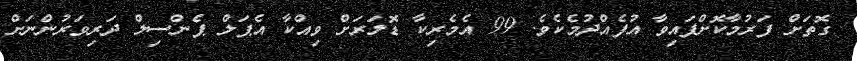
ގޮތަށް ފަރުމާކޮށްފައިވާ އުފެއްދުމެކެވެ. 99 އެމެރިކާ ޑޮލަރަށް ވިއްކާ އެޕަލް ޕެންސިލް ދަރިވަރުންނަށް